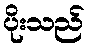
ပိုးသည်